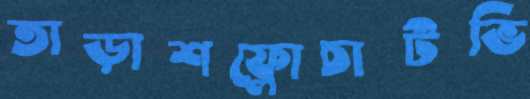
তাড়াশফ্লোচার্টভি